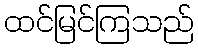
ထင်မြင်ကြသည်